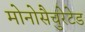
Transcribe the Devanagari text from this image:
मोनोसैचुरेटेड